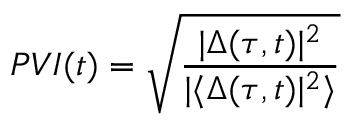
P V I ( t ) = \sqrt { \frac { | \Delta ( \tau , t ) | ^ { 2 } } { | \langle \Delta ( \tau , t ) | ^ { 2 } \rangle } }